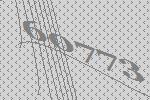
60773